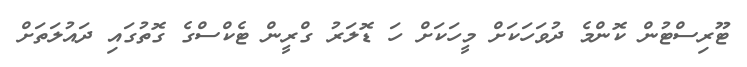
ޓޫރިސްޓުން ކޮންމެ ދުވަހަކަށް މީހަކަށް ހަ ޑޮލަރު ގްރީން ޓެކްސްގެ ގޮތުގައި ދައުލަތަށް